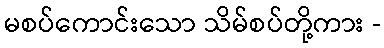
မစပ်ကောင်းသော သိမ်စပ်တို့ကား -